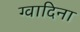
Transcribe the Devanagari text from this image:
ग्वादिना